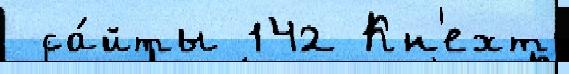
 са́йты 142 Кн'ехт